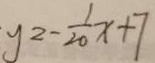
y ^ { 2 } - \frac { 1 } { 2 0 } x + 7